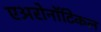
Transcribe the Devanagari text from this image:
एअरोनॉटिकल